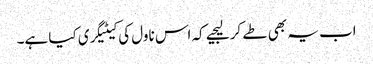
اب یہ بھی طے کر لیجیے کہ اس ناول کی کیٹیگری کیا ہے۔